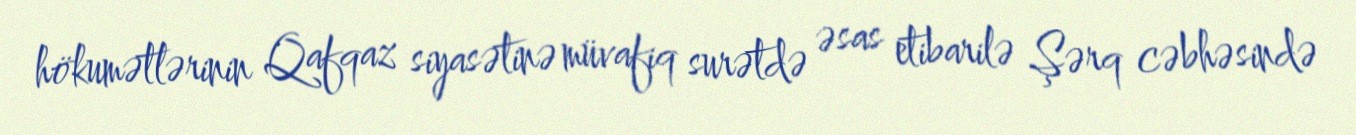
hökumətlərinin Qafqaz siyasətinə müvafiq surətdə əsas etibarilə Şərq cəbhəsində